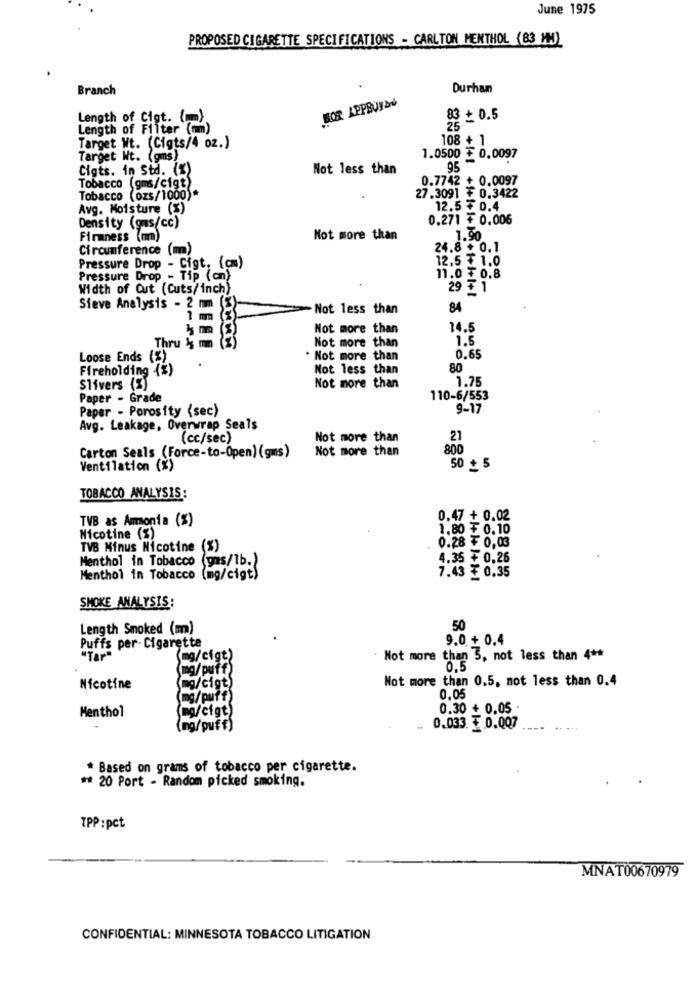
June 1975
PROPOSED CIGARETTE SPECIFICATIONS - CARLTON MENTHOL (83 MM)
Branch
Durhan
SOR APPBUYSU
Length of Cigt. (m),
83 + 0.5
Length of Filter (mm)
25
108 + 1
Target Wt. (Cigts/4 oz.)
Target Wt. (gms)
1.0500 $ 0.0097
Cigts. in std. (%)
Not less than
95
Tobacco (gms/cigt)
0.7742 + 0.0097
Tobacco (ozs/1000)*
27.3091 ₮ 0.3422
Avg. Moisture (%)
12.5₮ 0.4
0.271 ₮ 0.006
Density (gms/cc)
Firmness (m)
Not more than
1.50
Circumference (m)
24.8 + 0.1
12.5 ₮ 1.0
Pressure Drop - Cigt, (cm)
Pressure Drop - Tip (an)
11.0 ₮ 0.8
Width of Cut (Cuts/inch)
29 # 1
Sieve Analysis - 2 mm (%)
-Not less than
84
1 mm (%)
(3)
Not more than
14.5
Thru & m (%)
Not more than
1.5
Loose Ends (%)
. Not more than
0.65
Fireholding (%)
Not less than
80
Slivers (%)
Not more than
1.75
Paper - Grade
110-6/553
Paper - Porosity (sec)
9-17
Avg. Leakage, Overwrap Seals
(cc/sec)
Not more than
27
Not more than
800
Carton Seals (Force-to-Open) (gms)
Ventilation (%)
50 + 5
TOBACCO ANALYSIS:
TVB as Ammonia (%)
0.47 + 0.02
1.80 ₮ 0.10
Nicotine (%)
TVB Minus Nicotine (%)
0.28 ₮ 0,03
Menthol in Tobacco
(gas/lb.)
4.35 ₮ 0.26
7.43 ₮ 0.35
Menthol in Tobacco
(mg/cigt)
SMOKE ANALYSIS:
Length Smoked (m)
50
9.0 + 0.4
Puffs per. Cigarette
"Tar"
(mg/cigt)
Not more than 5, not less than 4 **
(mg/puff)
Not more than 0.5, not less than 0.4
Nicotine
(mg/cigt)
(mg/puff)
0.05
(mg/cigt)
0.30 + 0.05 .
Menthol
(mg/puff)
0.033 ₹ 0.007
* Based on grams of tobacco per cigarette.
** 20 Port - Random picked smoking.
TPP :pct
MNAT00670979
CONFIDENTIAL: MINNESOTA TOBACCO LITIGATION